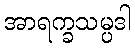
အာရက္ခသမ္ပဒါ